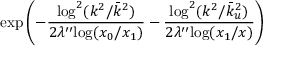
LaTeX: \mathrm { e x p } \left( - \frac { \mathrm { l o g } ^ { 2 } ( k ^ { 2 } / \bar { k } ^ { 2 } ) } { 2 \lambda ^ { \prime \prime } \mathrm { l o g } ( x _ { 0 } / x _ { 1 } ) } - \frac { \mathrm { l o g } ^ { 2 } ( k ^ { 2 } / \bar { k } _ { u } ^ { 2 } ) } { 2 \lambda ^ { \prime \prime } \mathrm { l o g } ( x _ { 1 } / x ) } \right)